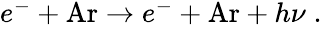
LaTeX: \begin{array}{r}{e^{-}+\mathrm{Ar}\rightarrow e^{-}+\mathrm{Ar}+h\nu\; .}\end{array}